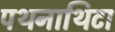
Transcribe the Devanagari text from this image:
पथनाथिटा